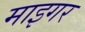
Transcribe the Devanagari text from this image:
माइगर